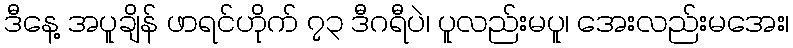
ဒီနေ့ အပူချိန် ဖာရင်ဟိုက် ၇၃ ဒီဂရီပဲ၊ ပူလည်းမပူ၊ အေးလည်းမအေး၊